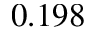
0 . 1 9 8